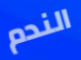
الندم